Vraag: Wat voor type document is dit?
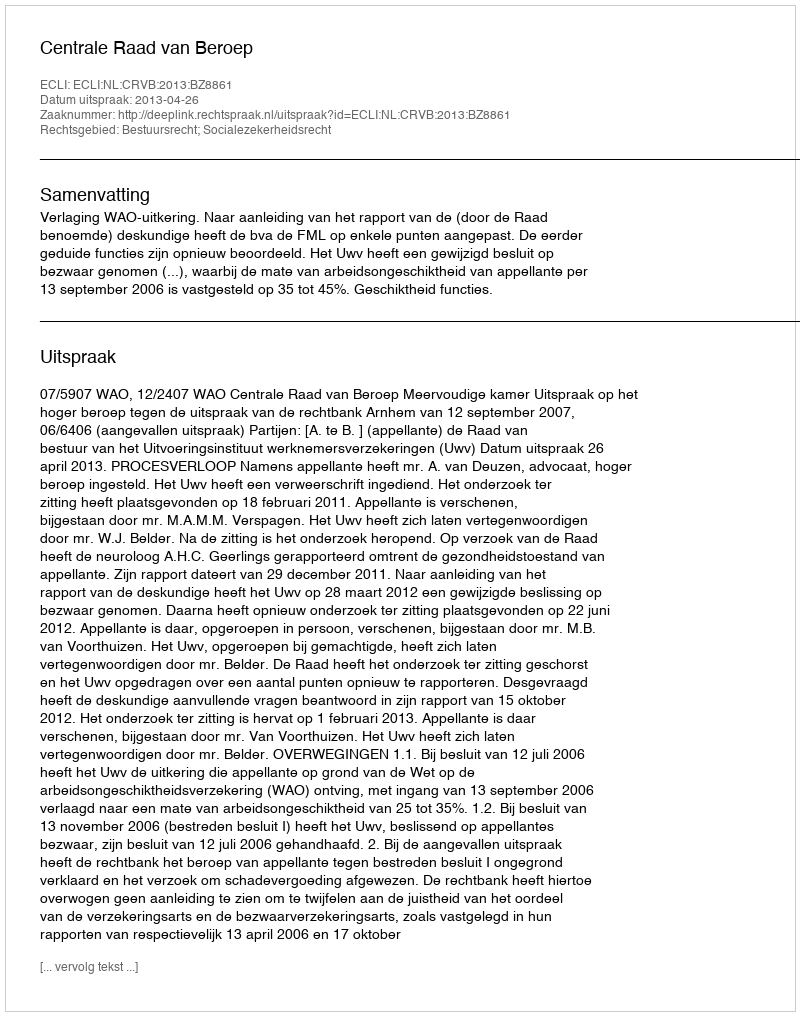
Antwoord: Uitspraak